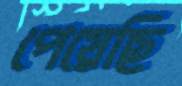
পেয়েছি